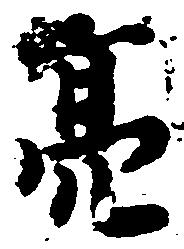
亮